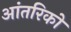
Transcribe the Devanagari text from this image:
आंतरिकों